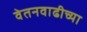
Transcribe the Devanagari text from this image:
वेतनवाढीच्या